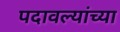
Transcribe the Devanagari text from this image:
पदावल्यांच्या